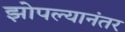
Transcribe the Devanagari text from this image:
झोपल्यानंतर